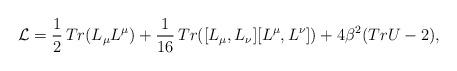
LaTeX: \begin{align*}{\cal L} = \frac{1}{2}\, Tr(L_{\mu} L^{\mu}) + \frac{1}{16}\, Tr([L_{\mu}, L_{\nu}][L^{\mu}, L^{\nu}]) + 4 \beta^{2} (TrU -2), \end{align*}